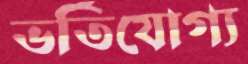
ভর্তিযোগ্য